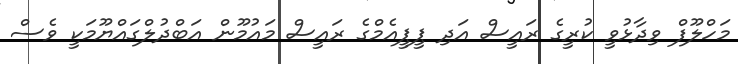
މަހްލޫފް ވިދާޅުވީ ކުރީގެ ރައީސް އަދި ޕީޕީއެމްގެ ރައީސް މައުމޫން އަބްދުލްގައްޔޫމަކީ ވެސް